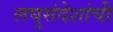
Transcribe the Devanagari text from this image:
लघुसंदेशांची